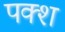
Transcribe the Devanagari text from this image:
पक्श